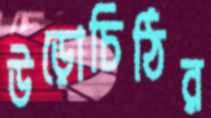
উড়োচিঠির